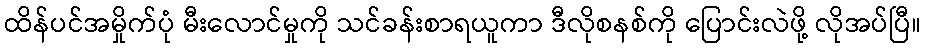
ထိန်ပင်အမှိုက်ပုံ မီးလောင်မှုကို သင်ခန်းစာရယူကာ ဒီလိုစနစ်ကို ပြောင်းလဲဖို့ လိုအပ်ပြီ။